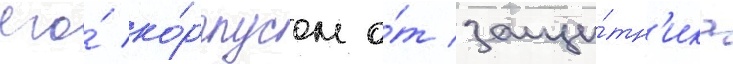
его́ ко́рпусом о́т защи́тн'ика